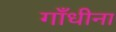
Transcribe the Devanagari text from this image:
गाँधीना